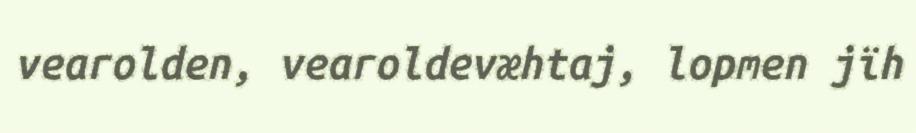
vearolden, vearoldevæhtaj, lopmen jïh